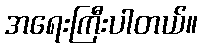
အရေးကြီးပါတယ်။